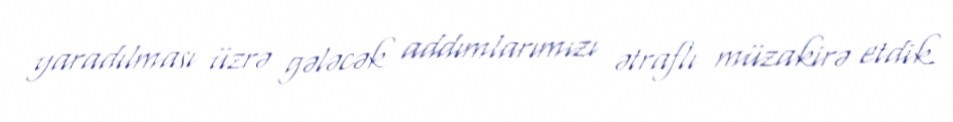
yaradılması üzrə gələcək addımlarımızı ətraflı müzakirə etdik.